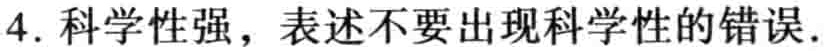
4. 科学性强，表述不要出现科学性的错误.